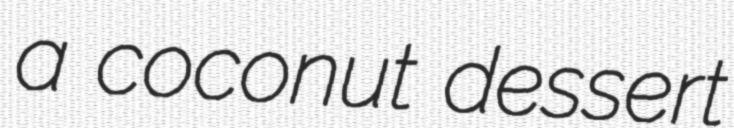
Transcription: a coconut dessert